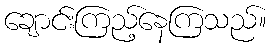
ချောင်းကြည့်နေကြသည်။